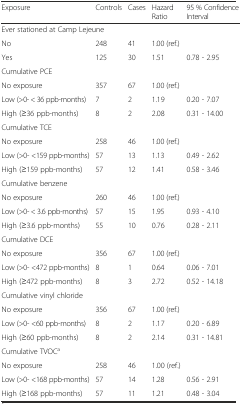
| Exposure | Controls | Cases | Hazard Ratio | 95 % Confidence Interval |
 | --- | --- | --- | --- | --- |
 | <COLSPAN=5> Ever stationed at Camp Lejeune |
 | No | 248 | 41 | 1.00 (ref.) |  |
 | Yes | 125 | 30 | 1.51 | 0.78 - 2.95 |
 | <COLSPAN=5> Cumulative PCE |
 | No exposure | 357 | 67 | 1.00 (ref.) |  |
 | Low (>0- < 36 ppb-months) | 7 | 2 | 1.19 | 0.20 - 7.07 |
 | High (≥36 ppb-months) | 8 | 2 | 2.08 | 0.31 - 14.00 |
 | <COLSPAN=5> Cumulative TCE |
 | No exposure | 258 | 46 | 1.00 (ref.) |  |
 | Low (>0- <159 ppb-months) | 57 | 13 | 1.13 | 0.49 - 2.62 |
 | High (≥159 ppb-months) | 57 | 12 | 1.41 | 0.58 - 3.46 |
 | <COLSPAN=5> Cumulative benzene |
 | No exposure | 260 | 46 | 1.00 (ref.) |  |
 | Low (>0- < 3.6 ppb-months) | 57 | 15 | 1.95 | 0.93 - 4.10 |
 | High (≥3.6 ppb-months) | 55 | 10 | 0.76 | 0.28 - 2.11 |
 | <COLSPAN=5> Cumulative DCE |
 | No exposure | 356 | 67 | 1.00 (ref.) |  |
 | Low (>0- <472 ppb-months) | 8 | 1 | 0.64 | 0.06 - 7.01 |
 | High (≥472 ppb-months) | 8 | 3 | 2.72 | 0.52 - 14.18 |
 | <COLSPAN=5> Cumulative vinyl chloride |
 | No exposure | 356 | 67 | 1.00 (ref.) |  |
 | Low (>0- <60 ppb-months) | 8 | 2 | 1.17 | 0.20 - 6.89 |
 | High (≥60 ppb-months) | 8 | 2 | 2.14 | 0.31 - 14.81 |
 | <COLSPAN=5> Cumulative TVOCa |
 | No exposure | 258 | 46 | 1.00 (ref.) |  |
 | Low (>0- <168 ppb-months) | 57 | 14 | 1.28 | 0.56 - 2.91 |
 | High (≥168 ppb-months) | 57 | 11 | 1.21 | 0.48 - 3.04 |